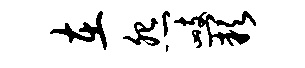
在怨峙缺